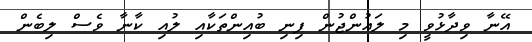
އޭނާ ވިދާޅުވީ މި ލައުންޖުން ފިނި ބުއިންތަކާއި ލުއި ކާނާ ވެސް ލިބެން